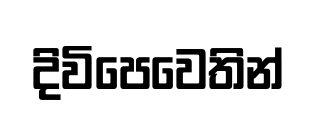
දිවිපෙවෙතින්